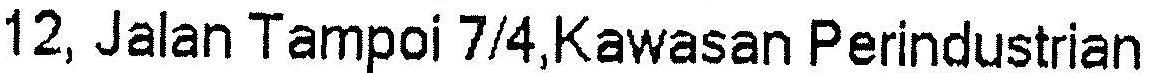
12, JALAN TAMPOI 7/4,KAWASAN PERINDUSTRIAN